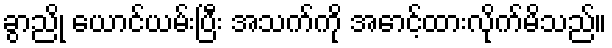
ခွာညို ယောင်ယမ်းပြီး အသက်ကို အောင့်ထားလိုက်မိသည်။